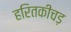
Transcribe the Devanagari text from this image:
हरितकीचड़